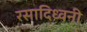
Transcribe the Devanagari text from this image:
रसादिध्वनी